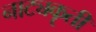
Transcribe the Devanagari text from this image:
नाट्यकॄती